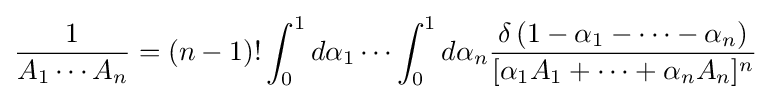
{\frac {1}{A_{1}\cdots A_{n}}}=\left(n-1\right)!\int _{0}^{1}d\alpha _{1}\cdots \int _{0}^{1}d\alpha _{n}{\frac {\delta \left(1-\alpha _{1}-\cdots -\alpha _{n}\right)}{[\alpha _{1}A_{1}+\cdots +\alpha _{n}A_{n}]^{n}}}